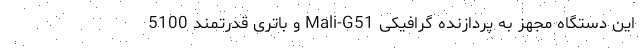
این دستگاه مجهز به پردازنده گرافیکی Mali-G51 و باتری قدرتمند 5100